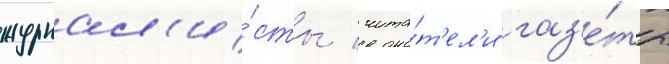
журнал'и́сты / чита́т'ел'и газ'е́ты